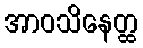
အာဝသိနေတ္ထ